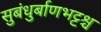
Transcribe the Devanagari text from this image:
सुबंधुर्बाणभट्टश्च